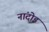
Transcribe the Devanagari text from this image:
नांदोड